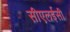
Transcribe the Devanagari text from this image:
सीएलईसी